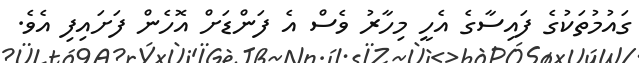
ގައުމުތަކުގެ ފައިސާގެ އެހީ މިހާރު ވެސް އެ ފަންޑަށް އޮހެން ފަށައިފި އެވެ.